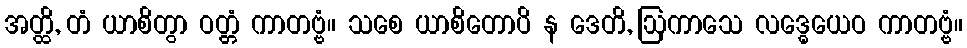
အတ္ထိ, တံ ယာစိတွာ ဝတ္တံ ကာတဗ္ဗံ။ သစေ ယာစိတောပိ န ဒေတိ, ဩကာသေ လဒ္ဓေယေဝ ကာတဗ္ဗံ။